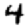
Digit: 4